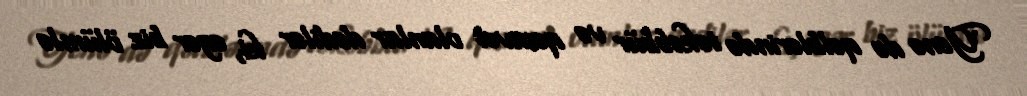
Yenə də qəlblərində təkəbbür və qəsavət olanlar dedilər ki, əgər biz ölümlə